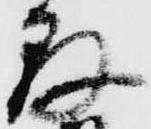
存